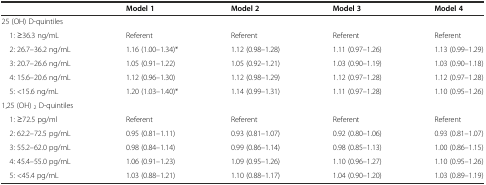
<table><thead><tr><td></td><td><b>Model 1</b></td><td><b>Model 2</b></td><td><b>Model 3</b></td><td><b>Model 4</b></td></tr></thead><tbody><tr><td>25 (OH) D-quintiles</td><td></td><td></td><td></td><td></td></tr><tr><td> 1: ≥36.3 ng/mL</td><td>Referent</td><td>Referent</td><td>Referent</td><td>Referent</td></tr><tr><td> 2: 26.7–36.2 ng/mL</td><td>1.16 (1.00–1.34)*</td><td>1.12 (0.98–1.28)</td><td>1.11 (0.97–1.26)</td><td>1.13 (0.99–1.29)</td></tr><tr><td> 3: 20.7–26.6 ng/mL</td><td>1.05 (0.91–1.22)</td><td>1.05 (0.92–1.21)</td><td>1.03 (0.90–1.19)</td><td>1.03 (0.90–1.18)</td></tr><tr><td> 4: 15.6–20.6 ng/mL</td><td>1.12 (0.96–1.30)</td><td>1.12 (0.98–1.29)</td><td>1.12 (0.97–1.28)</td><td>1.12 (0.97–1.28)</td></tr><tr><td> 5: &lt;15.6 ng/mL</td><td>1.20 (1.03–1.40)*</td><td>1.14 (0.99–1.31)</td><td>1.11 (0.97–1.28)</td><td>1.10 (0.95–1.26)</td></tr><tr><td>1,25 (OH) <sub>2</sub> D-quintiles</td><td></td><td></td><td></td><td></td></tr><tr><td> 1: ≥72.5 pg/ml</td><td>Referent</td><td>Referent</td><td>Referent</td><td>Referent</td></tr><tr><td> 2: 62.2–72.5 pg/mL</td><td>0.95 (0.81–1.11)</td><td>0.93 (0.81–1.07)</td><td>0.92 (0.80–1.06)</td><td>0.93 (0.81–1.07)</td></tr><tr><td> 3: 55.2–62.0 pg/mL</td><td>0.98 (0.84–1.14)</td><td>0.99 (0.86–1.14)</td><td>0.98 (0.85–1.13)</td><td>1.00 (0.86–1.15)</td></tr><tr><td> 4: 45.4–55.0 pg/mL</td><td>1.06 (0.91–1.23)</td><td>1.09 (0.95–1.26)</td><td>1.10 (0.96–1.27)</td><td>1.10 (0.95–1.26)</td></tr><tr><td> 5: &lt;45.4 pg/mL</td><td>1.03 (0.88–1.21)</td><td>1.10 (0.88–1.17)</td><td>1.04 (0.90–1.20)</td><td>1.03 (0.89–1.19)</td></tr></tbody></table>